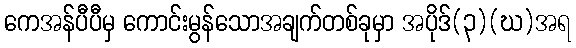
ကေအန်ပီပီမှ ကောင်းမွန်သောအချက်တစ်ခုမှာ အပိုဒ်(၃)(ဃ)အရ